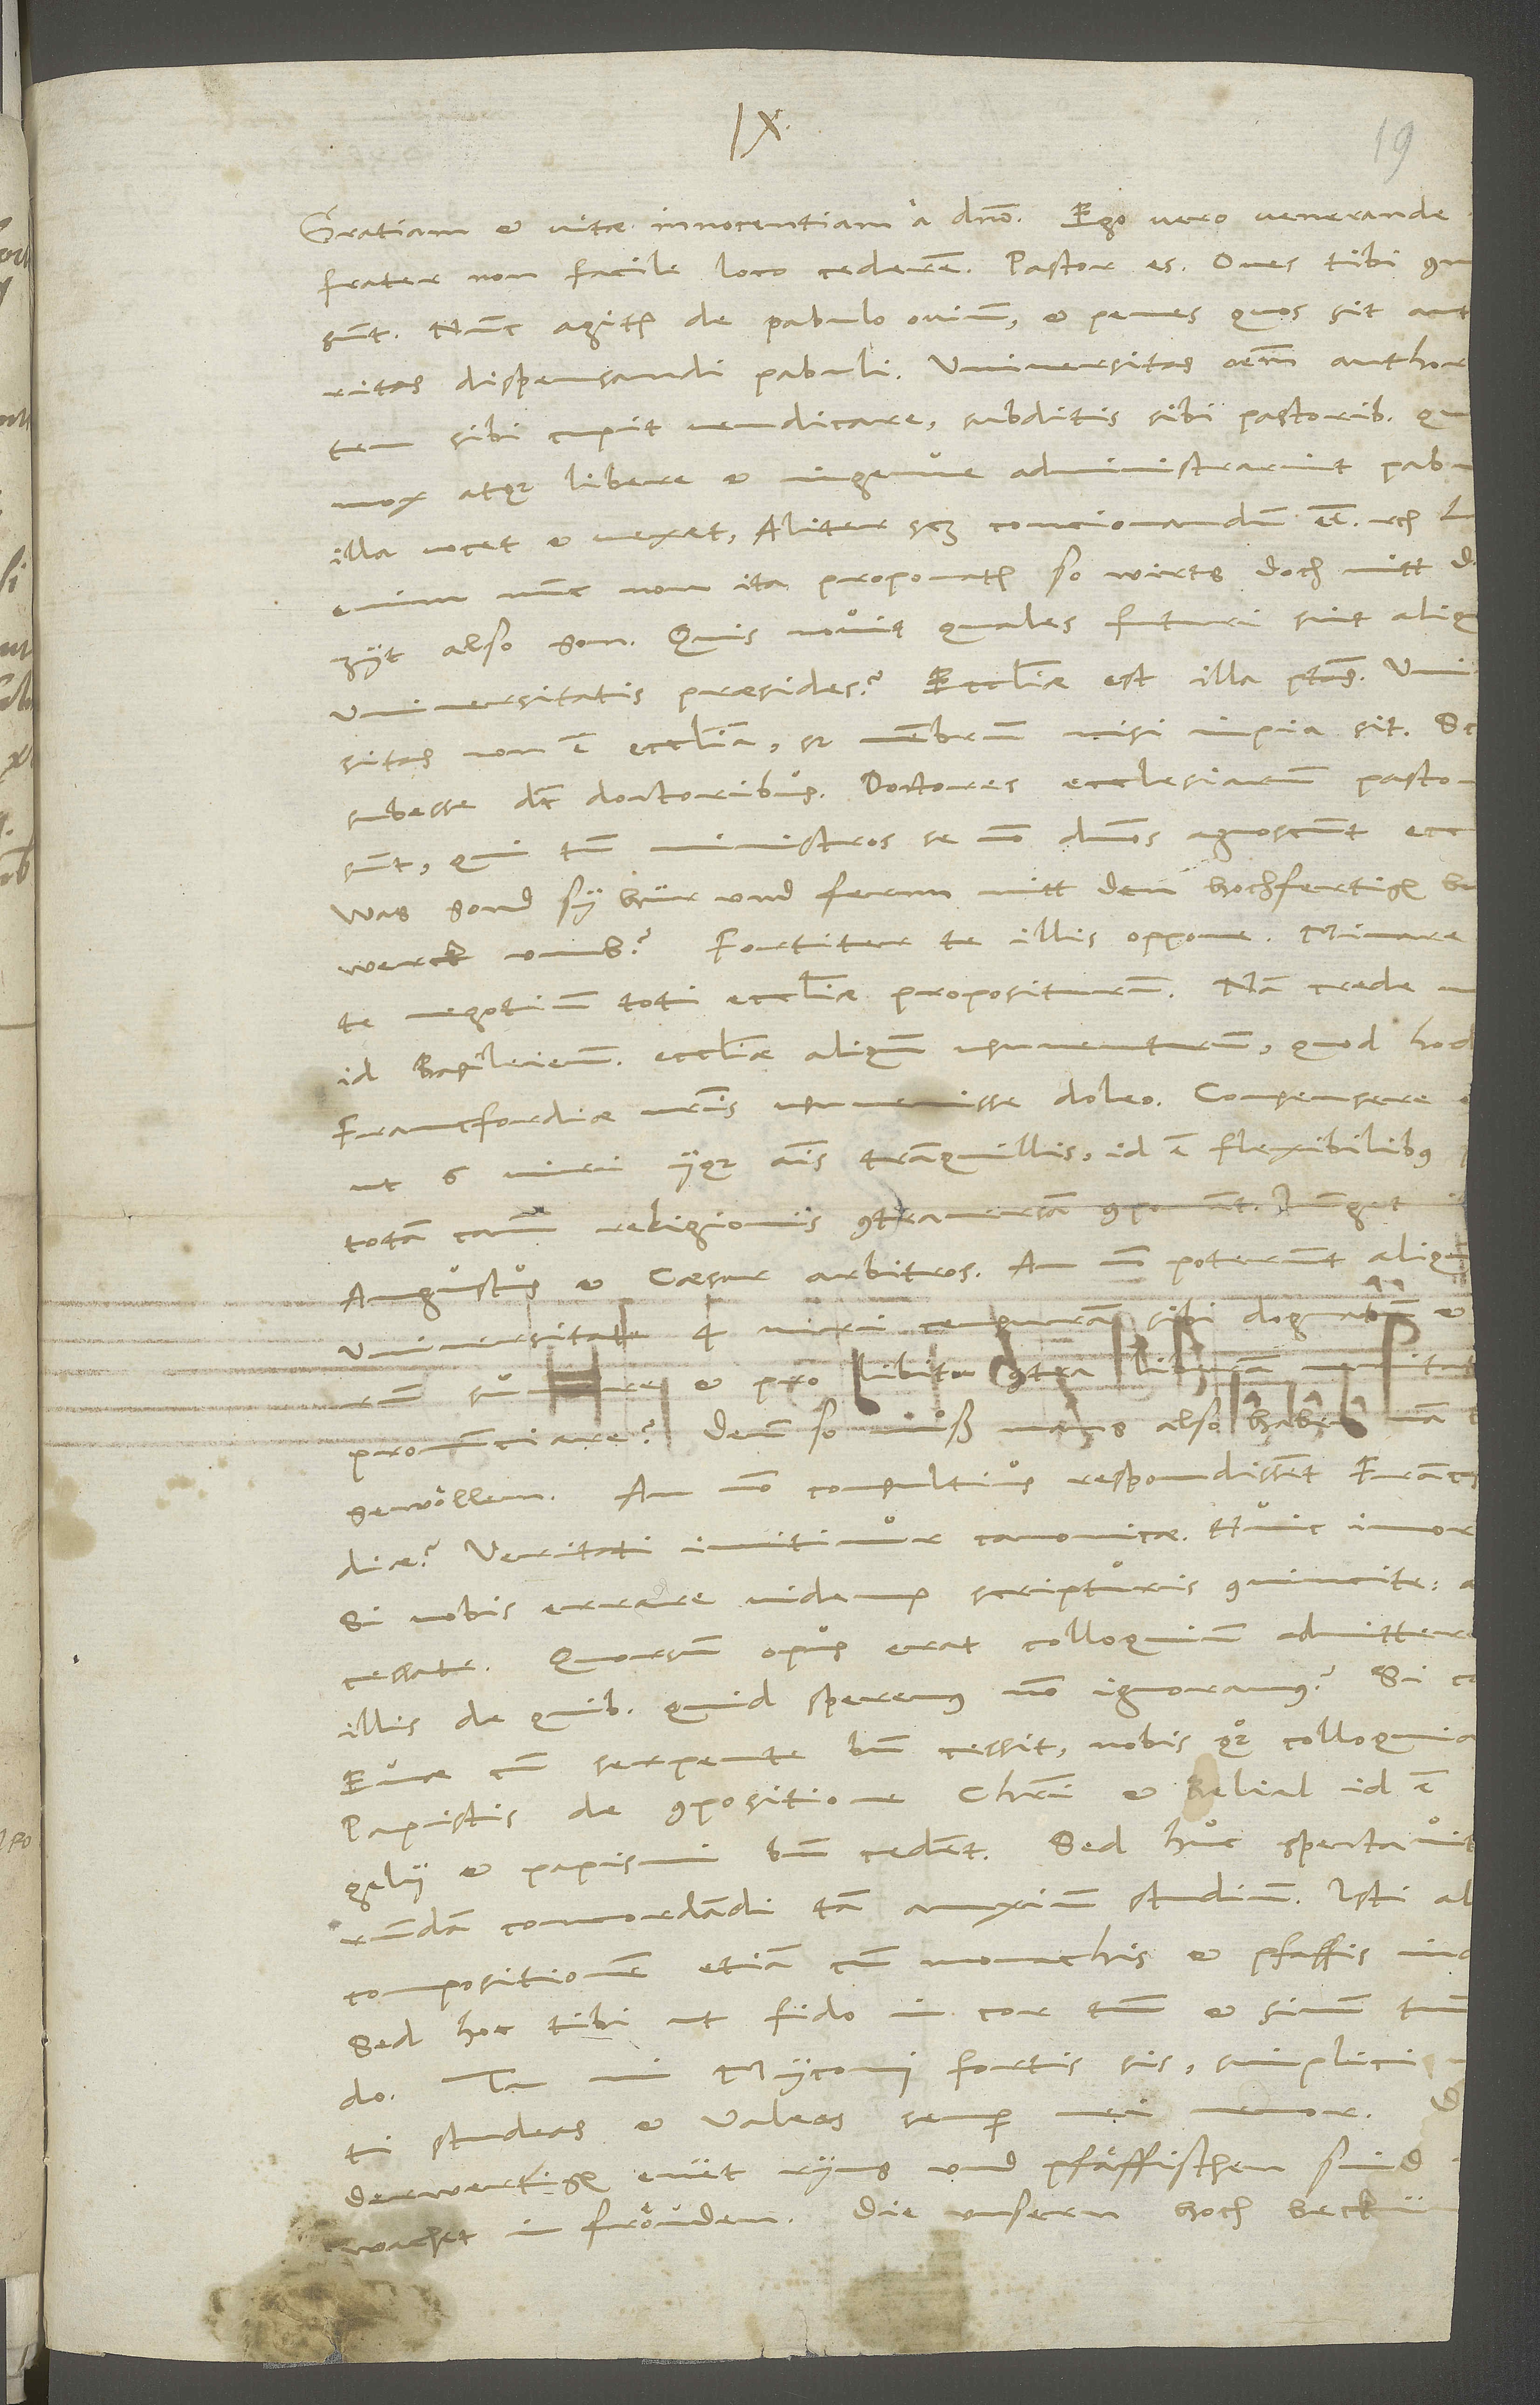
.
frater, non facile loco cederem. Pastor es. Oves tibi comm,
illa vocet et vexet, aliter scilicet concionandum esse etc.
dsitas non est ecclesia, sed membrum, nisi impia sit.
Scrundam concordandi tam anxium studium.
studeas et valeas semper mei memor.